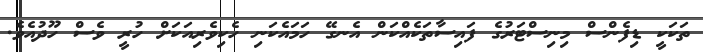
ތަކަކީ ޑިފެންސް މިނިސްޓަރުގެ ފައިސާތަކެއްކަން އެނގޭ ހަމައެކަނި ހެކިވެރިއަކަށް ހުރީ ވެސް ހޫދުއެވެ.